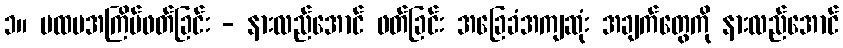
၁။ ပထမအကြိမ်ဖတ်ခြင်း - နားလည်အောင် ဖတ်ခြင်း အခြေခံအကျဆုံး အချက်တွေကို နားလည်အောင်